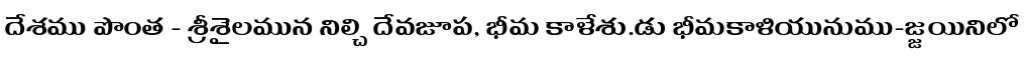
దేశము పొంత - శ్రీశైలమున నిల్చి దేవజూప, భీమ కాళేశు.డు భీమకాళియునుము-జ్జయినిలో